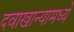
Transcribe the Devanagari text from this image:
दवाखान्यामध्ये